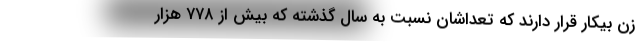
زن بیکار قرار دارند که تعداشان نسبت به سال گذشته که بیش از ۷۷۸ هزار